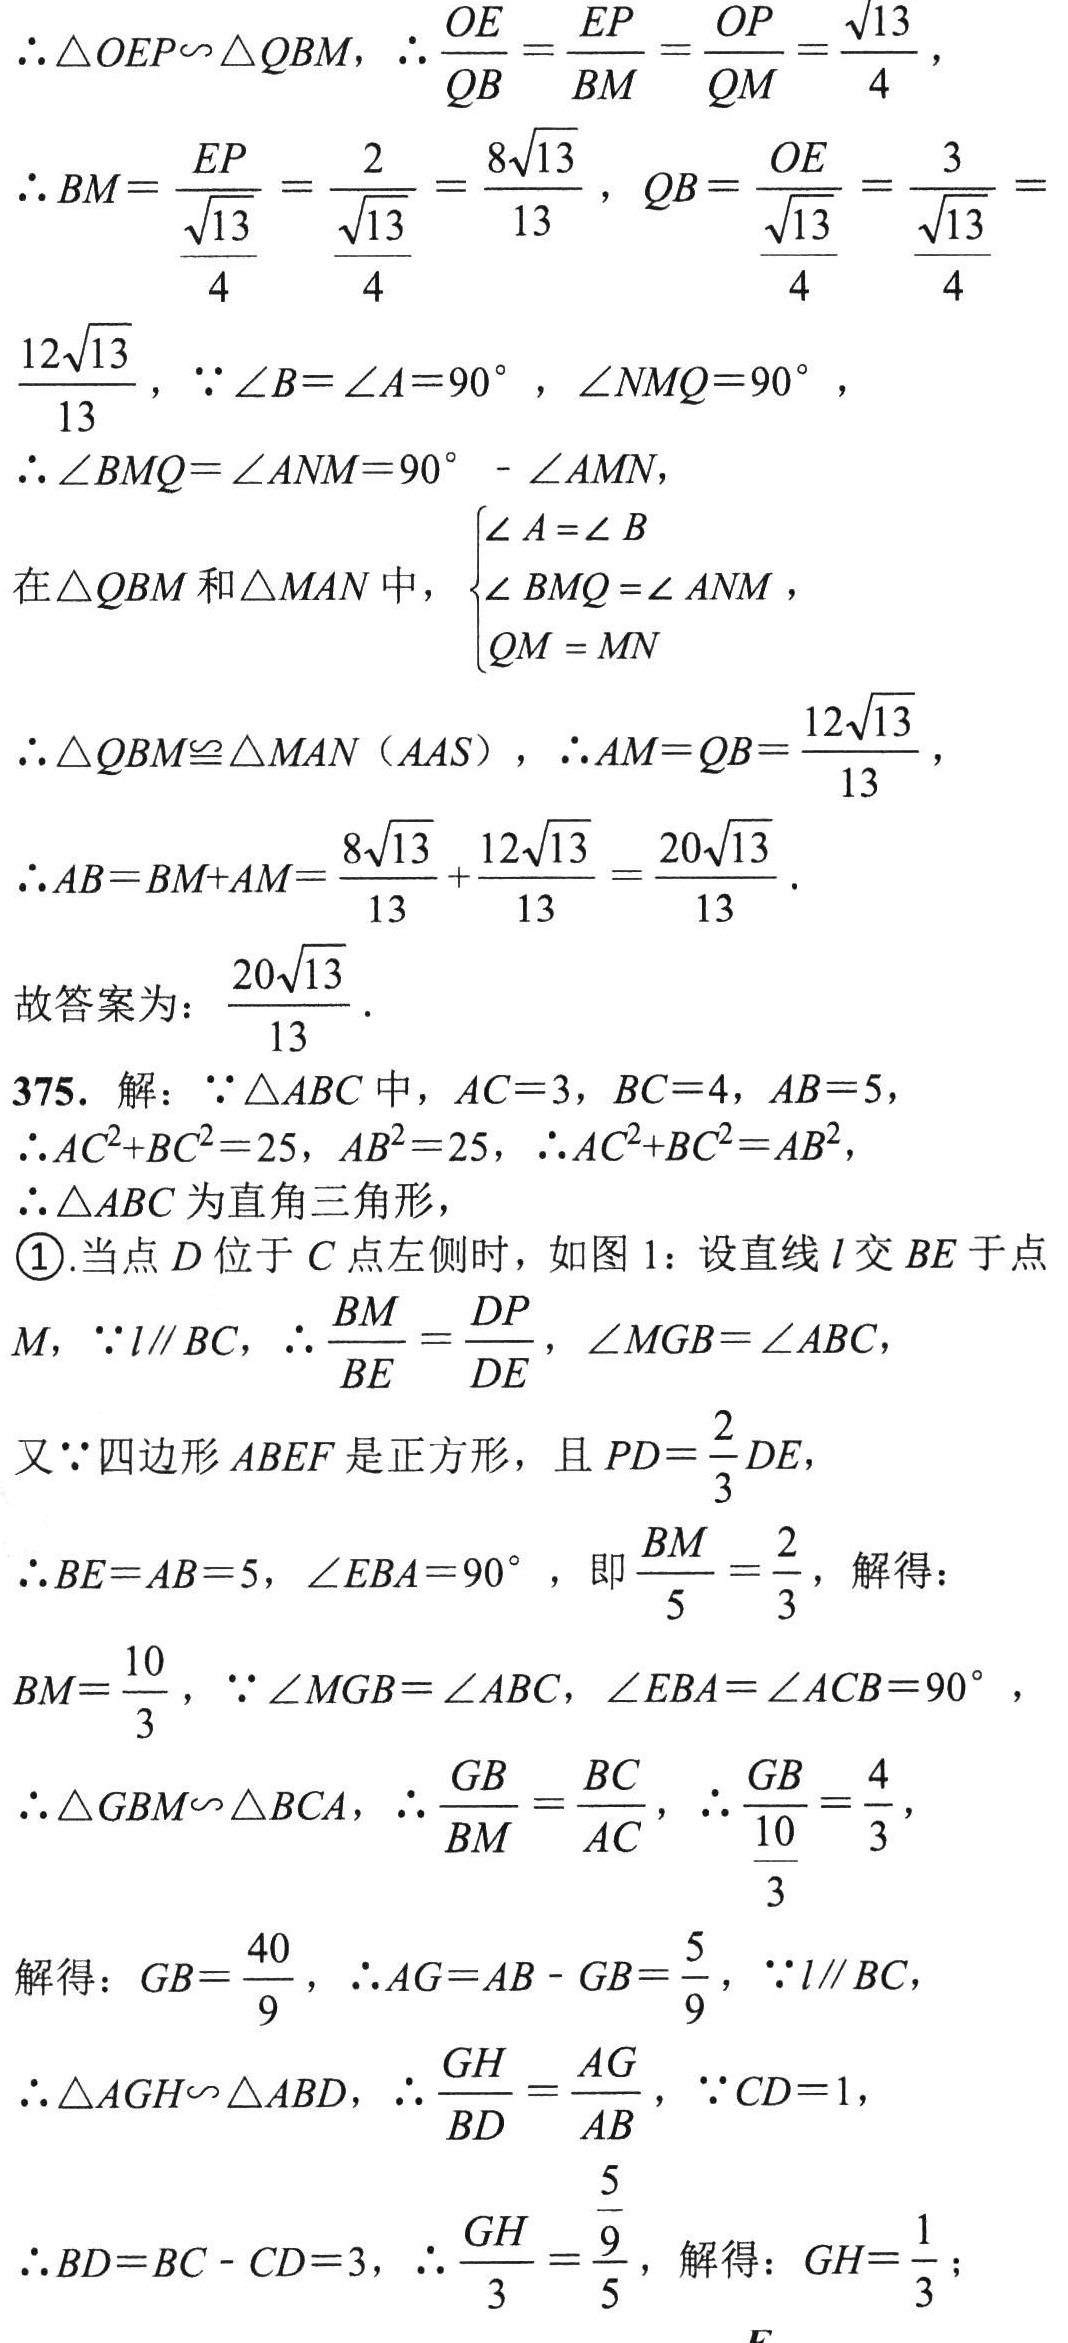
\(\therefore\triangle OEP\sim\triangle QBM,\therefore\frac{OE}{QB}=\frac{EP}{BM}=\frac{OP}{QM}=\frac{\sqrt{13}}{4},\)

\(\therefore BM = \frac{EP}{\frac{\sqrt{13}}{4}}=\frac{2}{\frac{\sqrt{13}}{4}}=\frac{8\sqrt{13}}{13},QB=\frac{OE}{\frac{\sqrt{13}}{4}}=\frac{3}{\frac{\sqrt{13}}{4}}=\)

\(\frac{12\sqrt{13}}{13},\because\angle B=\angle A = 90^{\circ},\angle NMQ = 90^{\circ},\)

\(\therefore\angle BMQ=\angle ANM = 90^{\circ}-\angle AMN,\)

在\(\triangle QBM\)和\(\triangle MAN\)中，\(\begin{cases}\angle A=\angle B\\\angle BMQ=\angle ANM\\QM = MN\end{cases}\)

\(\therefore\triangle QBM\cong\triangle MAN(AAS),\therefore AM = QB=\frac{12\sqrt{13}}{13},\)

\(\therefore AB=BM + AM=\frac{8\sqrt{13}}{13}+\frac{12\sqrt{13}}{13}=\frac{20\sqrt{13}}{13}.\)

故答案为：\(\frac{20\sqrt{13}}{13}.\)

375. 解：\(\because\triangle ABC\)中，\(AC = 3,BC = 4,AB = 5,\)

\(\therefore AC^{2}+BC^{2}=25,AB^{2}=25,\therefore AC^{2}+BC^{2}=AB^{2},\)

\(\therefore\triangle ABC\)为直角三角形，

\textcircled{1}.当点\(D\)位于\(C\)点左侧时，如图1：设直线\(l\)交\(BE\)于点\(M,\because l\parallel BC,\therefore\frac{BM}{BE}=\frac{DP}{DE},\angle MGB=\angle ABC,\)

又\(\because\)四边形\(ABEF\)是正方形，且\(PD=\frac{2}{3}DE,\)

\(\therefore BE = AB = 5,\angle EBA = 90^{\circ},\)，即\(\frac{BM}{5}=\frac{2}{3}\)，解得：

\(BM=\frac{10}{3},\because\angle MGB=\angle ABC,\angle EBA=\angle ACB = 90^{\circ},\)

\(\therefore\triangle GBM\sim\triangle BCA,\therefore\frac{GB}{BM}=\frac{BC}{AC},\therefore\frac{GB}{\frac{10}{3}}=\frac{4}{3},\)

解得：\(GB=\frac{40}{9},\therefore AG=AB - GB=\frac{5}{9},\because l\parallel BC,\)

\(\therefore\triangle AGH\sim\triangle ABD,\therefore\frac{GH}{BD}=\frac{AG}{AB},\because CD = 1,\)

\(\therefore BD=BC - CD = 3,\therefore\frac{GH}{3}=\frac{\frac{5}{9}}{5}\)，解得：\(GH=\frac{1}{3};\)